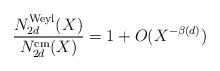
LaTeX: \begin{align*}\frac{N_{2d}^{\textrm{Weyl}}(X)}{N_{2d}^{\textrm{cm}}(X)} = 1 + O(X^{-\beta(d)}) \end{align*}